Report of the Municipal Commissioner on the plague in Bombay for the year ending 31st May... - Volume 3
Disease focus: Plague
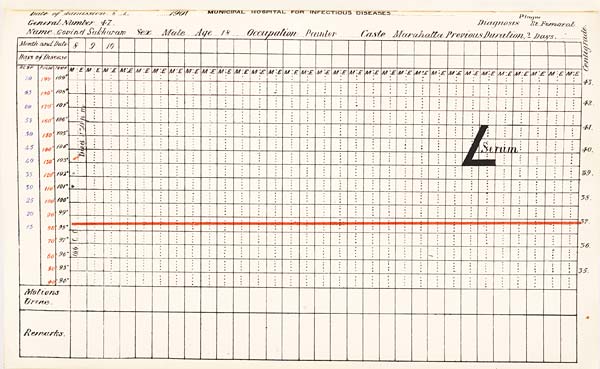
Date
of
Admission
1901
MUNICIPAL
HOSPITAL
FOR
INFECTIOUS
DISEASES.
General
Number
Diagnosis
Name
Sex
Age
Occupation
Caste
Previous
Duration